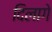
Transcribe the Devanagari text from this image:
दिलागे